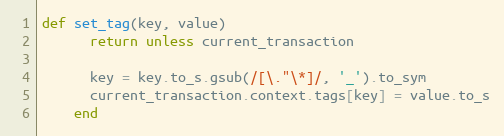
Language: Ruby
def set_tag(key, value)
      return unless current_transaction

      key = key.to_s.gsub(/[\."\*]/, '_').to_sym
      current_transaction.context.tags[key] = value.to_s
    end